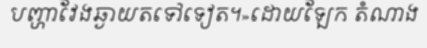
បញ្ហាវែងឆ្ងាយតទៅទៀត។»ដោយឡែក តំណាង